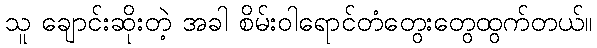
သူ ချောင်းဆိုးတဲ့ အခါ စိမ်းဝါရောင်တံတွေးတွေထွက်တယ်။